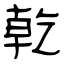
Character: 乾